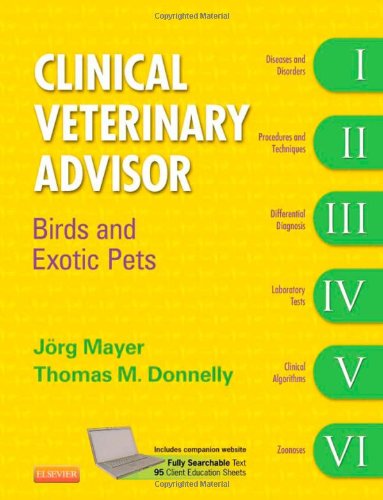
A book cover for Clinical Veterinary Advisor: Birds and Exotic Pets, 1e; Joerg Mayer Dr.med.vet.  M.Sc. Dip. ABVP (exotic companion mammal)  DECZM (small mammal); Medical Books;